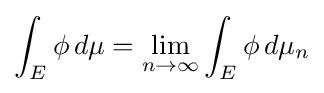
\int _{E}\phi \,d\mu =\lim _{n\to \infty }\int _{E}\phi \,d\mu _{n}